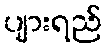
ပျားရည်